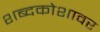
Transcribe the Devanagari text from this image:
शब्दकोशावर